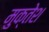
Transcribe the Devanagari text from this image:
मुक्तेश